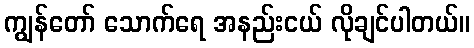
ကျွန်တော် သောက်ရေ အနည်းငယ် လိုချင်ပါတယ်။